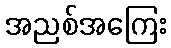
အညစ်အကြေး